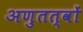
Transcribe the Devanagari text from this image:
अणुतत्वों